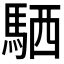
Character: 𫘊